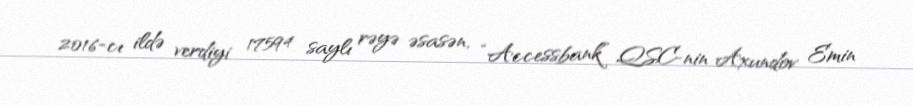
2016-cı ildə verdiyi 17594 saylı rəyə əsasən, “Accessbank” QSC-nin Axundov Emin